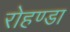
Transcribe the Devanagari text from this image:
रोहण्डा